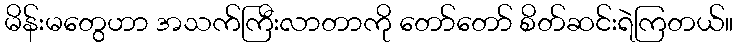
မိန်းမတွေဟာ အသက်ကြီးလာတာကို တော်တော် စိတ်ဆင်းရဲကြတယ်။